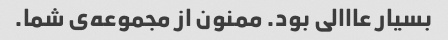
بسیار عااالی بود. ممنون از مجموعه‌ی شما.